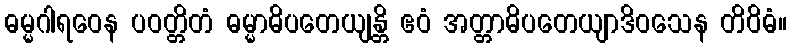
ဓမ္မဂါရဝေန ပဝတ္တိတံ ဓမ္မာဓိပတေယျန္တိ ဧဝံ အတ္တာဓိပတေယျာဒိဝသေန တိဝိဓံ။